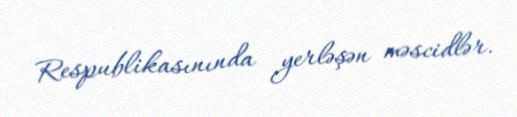
Respublikasınında yerləşən məscidlər.